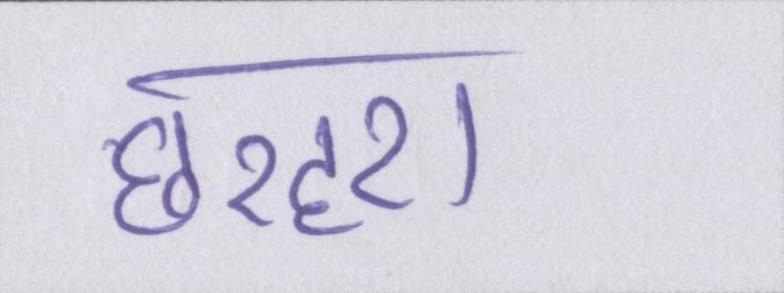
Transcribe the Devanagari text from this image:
छरहरा